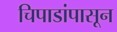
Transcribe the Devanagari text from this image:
चिपाडांपासून